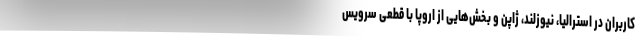
کاربران در استرالیا، نیوزلند، ژاپن و بخش‌هایی از اروپا با قطعی سرویس